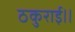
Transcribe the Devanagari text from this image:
ठकुराई।।